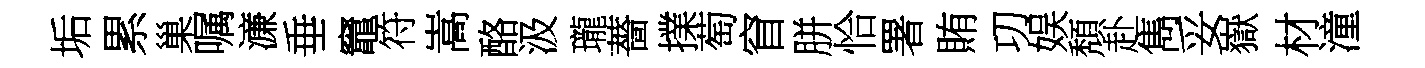
垢累巢嘱濓垂竈符嵩酪汲瓏薔擈萄窅胼恰署賄㓛娱頽赴雋妥嶽材潼